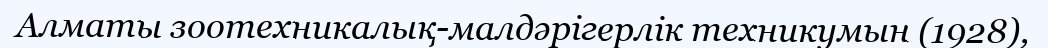
Алматы зоотехникалық-малдәрігерлік техникумын (1928),